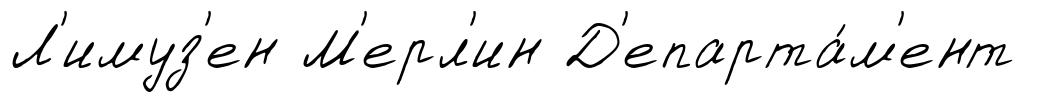
Л'имуз'ен М'ерл'ин Д'епарта́м'ент